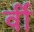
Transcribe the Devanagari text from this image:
र्वी